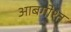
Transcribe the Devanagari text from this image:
आबगोश्त